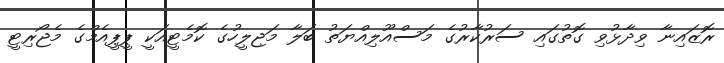
ރޮޒައިނާ ވިދާޅުވި ގޮތުގައި ސަރުކާރުގެ މަސްއޫލިއްޔަތު ބަލާ މަޖިލީހުގެ ކޮމެޓީއަކީ ޕީޕީއެމްގެ މެޖޯރިޓީ